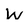
Character: w